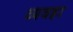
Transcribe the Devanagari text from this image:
व्यवहा